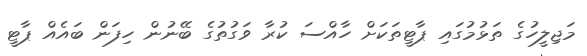
މަޖިލީހުގެ ތަޅުމުގައި ޕާޓީތަކަށް ހާއްސަ ކުރާ ވަގުތުގެ ބޭނުން ހިފަން ބައެއް ޕާޓީ